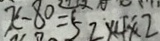
x - 8 0 = 5 2 \times 4 \times 2